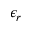
\epsilon _ { r }